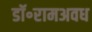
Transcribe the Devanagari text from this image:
डॉ॰रामअवध